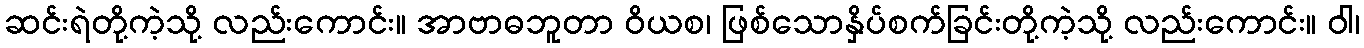
ဆင်းရဲတို့ကဲ့သို့ လည်းကောင်း။ အာဗာဓဘူတာ ဝိယစ၊ ဖြစ်သောနှိပ်စက်ခြင်းတို့ကဲ့သို့ လည်းကောင်း။ ဝါ၊